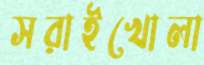
সরাইখোলা